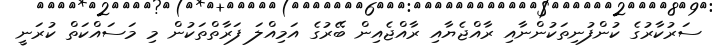
ސަރުކާރުގެ ކުންފުނިތަކުންނާއި ރާއްޖެޔާއި ރާއްޖެއިން ބޭރުގެ އަމިއްލަ ފަރާތްތަކުން މި މަސައްކަތް ކުރަނީ